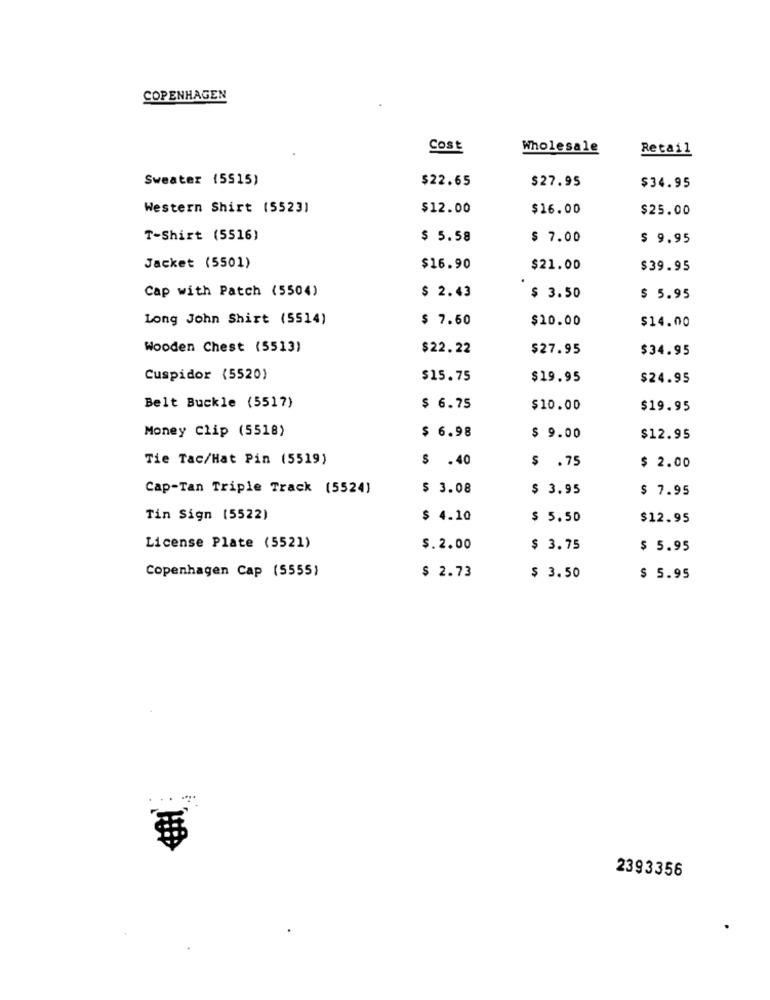
COPENHAGEN
Cost
Wholesale
Retail
Sweater (5515)
$22.65
$27.95
$34.95
Western Shirt (5523)
$12.00
$16.00
$25.00
T-Shirt (5516)
$ 5.58
$ 7.00
$ 9.95
Jacket (5501)
$16.90
$21.00
$39.95
Cap with Patch (5504)
$ 2.43
$ 3.50
$ 5.95
Long John Shirt (5514)
$ 7.60
$10.00
$14.00
Wooden Chest (5513)
$22.22
$27.95
$34.95
Cuspidor (5520)
$15.75
$19.95
$24.95
Belt Buckle (5517)
$ 6.75
$10.00
$19.95
Money Clip (5518)
$ 6.98
$ 9.00
$12.95
Tie Tac/Hat Pin (5519)
$ .40
$ .75
$ 2.00
Cap-Tan Triple Track (5524)
$ 3.08
$ 3.95
$ 7.95
Tin Sign [5522)
$ 4.10
$ 5.50
$12.95
License Plate (5521)
$.2.00
$ 3.75
$ 5.95
Copenhagen Cap (5555)
$ 2.73
$ 3.50
$ 5.95
2393356